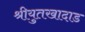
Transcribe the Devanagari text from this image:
श्रीयुतखादाड